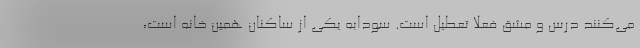
می‌کنند درس و مشق فعلا تعطیل است. سودابه یکی از ساکنان همین خانه است،